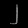
Digit: ၂